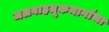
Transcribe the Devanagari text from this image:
जलवाहतूकमार्गाचा